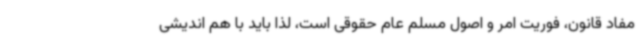
مفاد قانون، فوریت امر و اصول مسلم عام حقوقی است، لذا باید با هم اندیشی